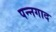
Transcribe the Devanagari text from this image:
पन्नगाद